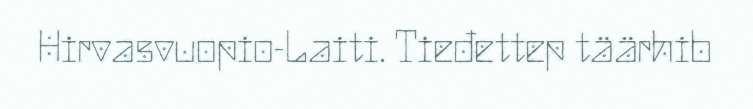
Hirvasvuopio-Laiti. Tieđettep täärhib